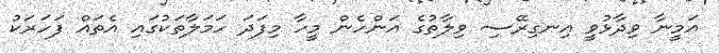
އަމީނާ ވިދާޅުވީ އިނގިރޭސި ވިލާތުގެ އަންހެން މީހާ މިފަދަ ހަމަލާތަކުގައި އެތައް ފަހަރަކު